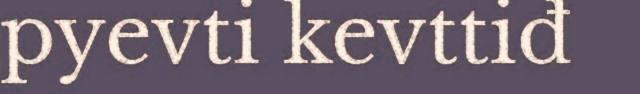
pyevti kevttiđ